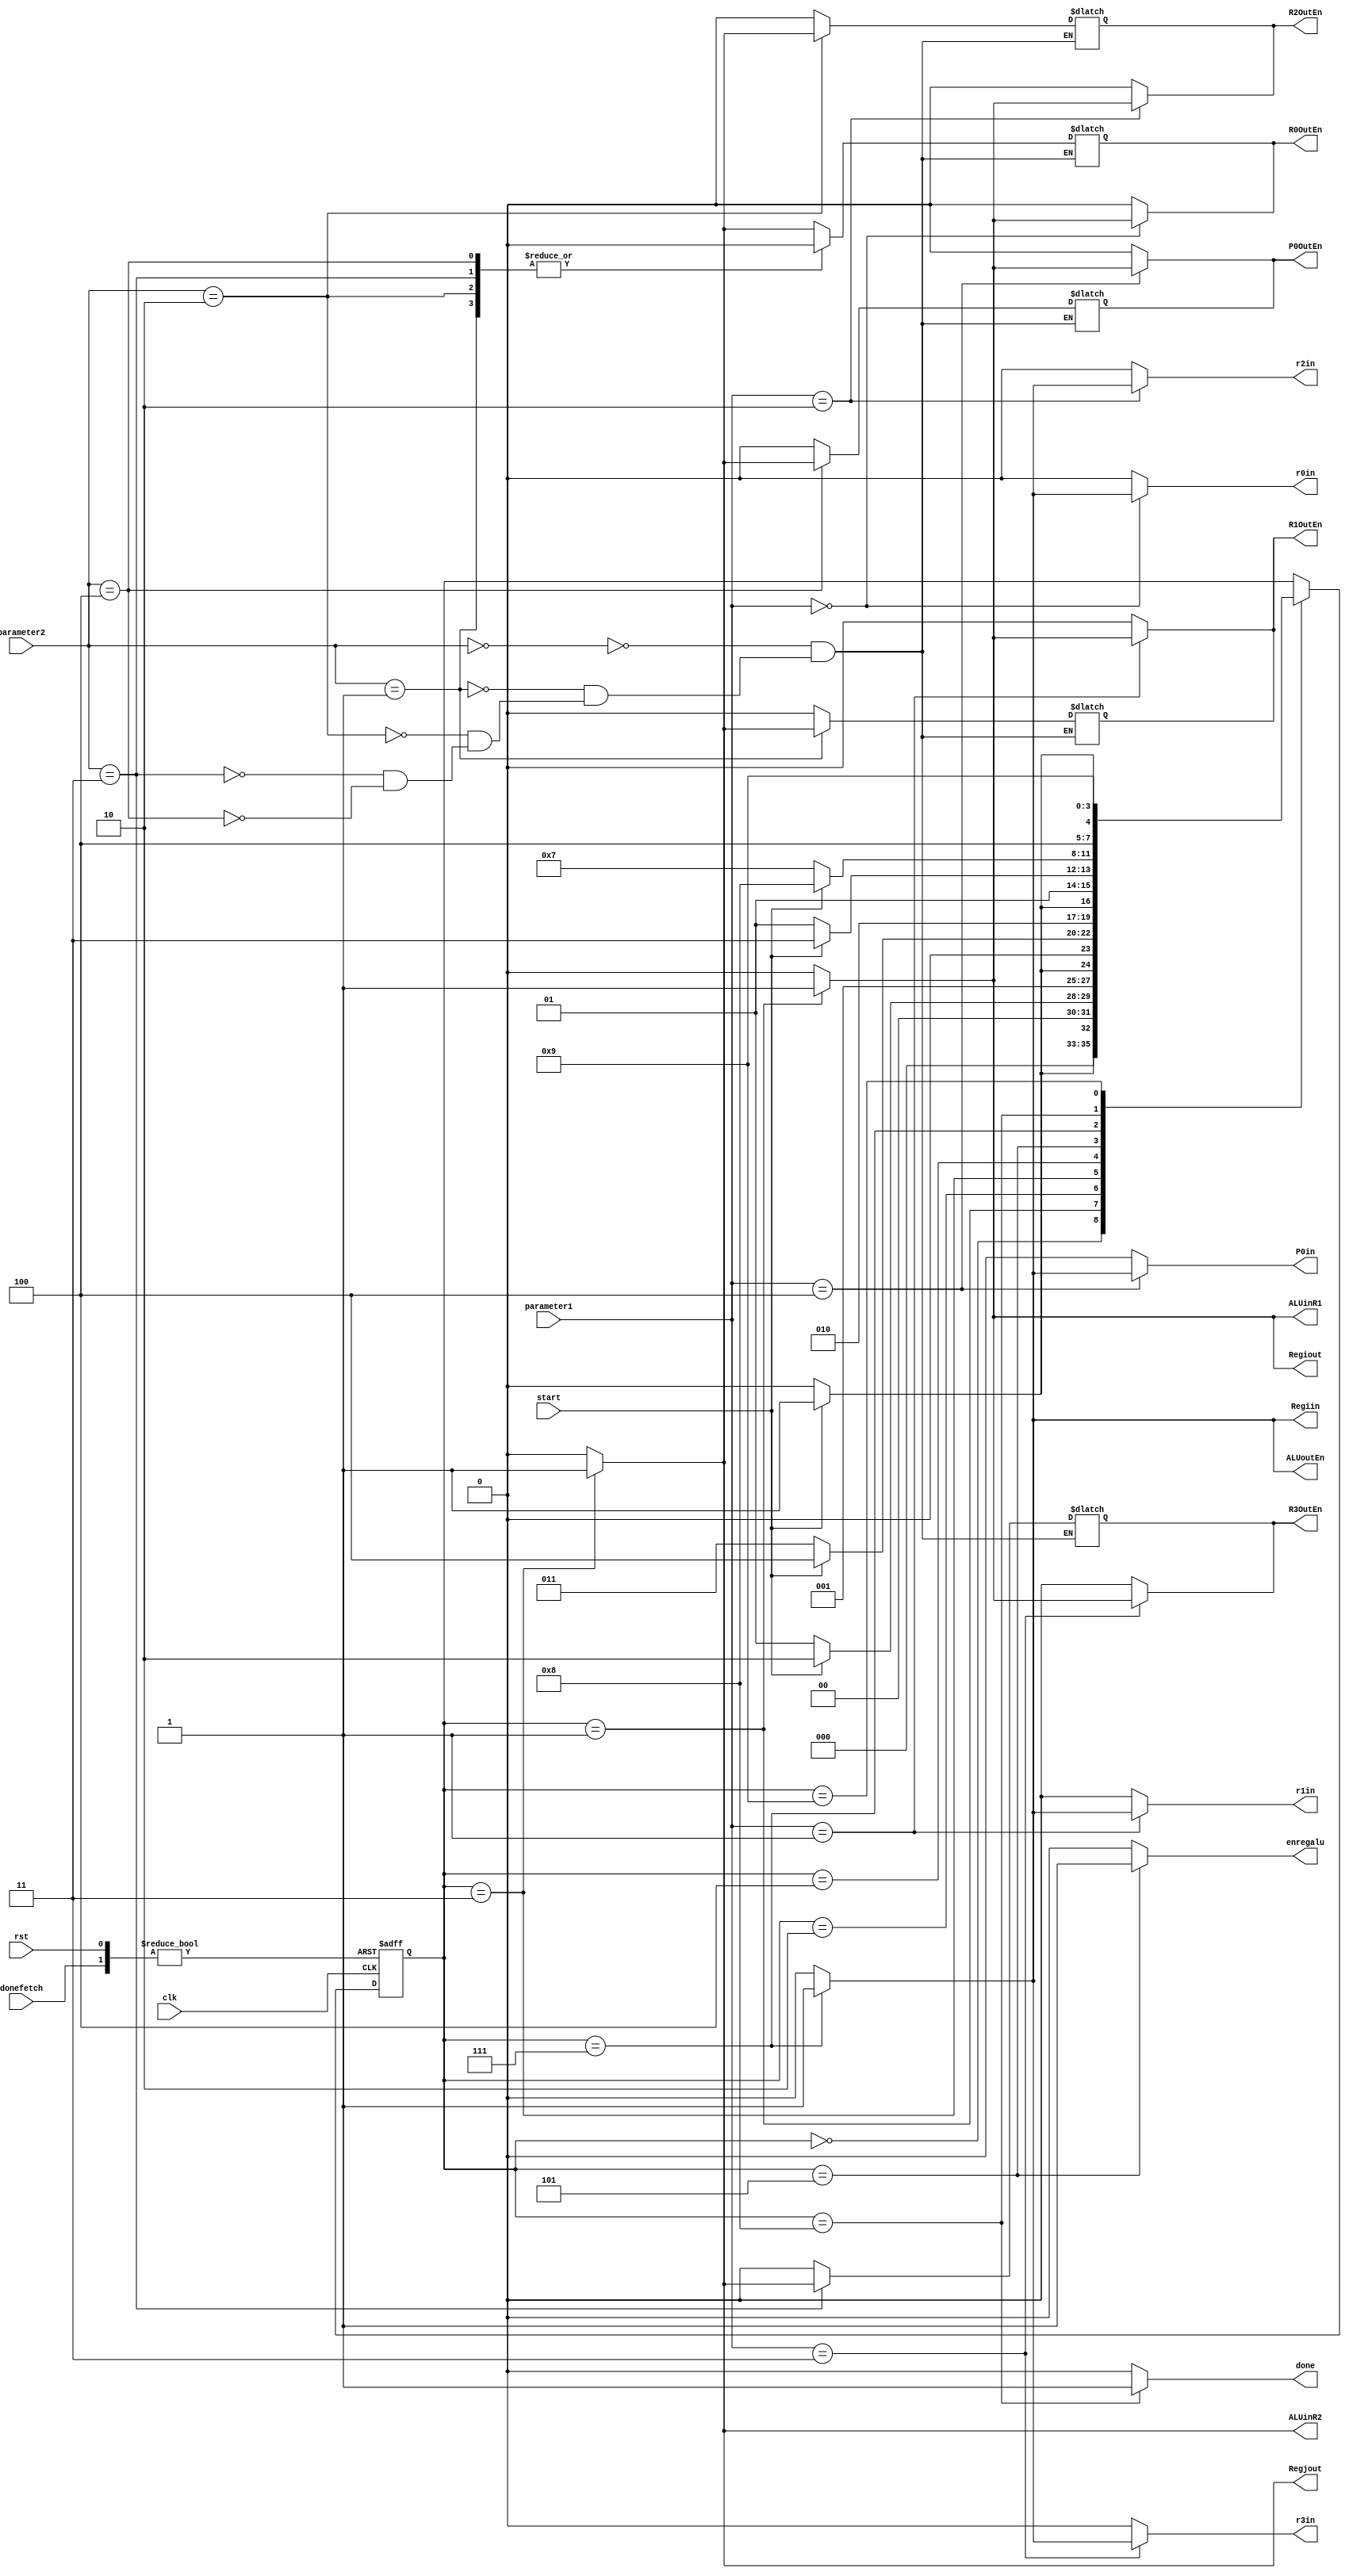

module ALUoperations(clk,rst,donefetch,start,parameter1,parameter2,r0in,r1in,r2in,r3in,P0in,R0OutEn,R1OutEn,R2OutEn,R3OutEn,P0OutEn,ALUinR1,ALUinR2,enregalu,ALUoutEn,Regiout,Regjout,Regiin,done);
input clk,rst,start,donefetch;
input [5:0] parameter1, parameter2;
output r0in,r1in,r2in,r3in,P0in,R0OutEn,R1OutEn,R2OutEn,R3OutEn,P0OutEn,ALUinR1,ALUinR2,enregalu,ALUoutEn,Regiout,Regjout,Regiin,done;
reg r0in,r1in,r2in,r3in,P0in,R0OutEn,R1OutEn,R2OutEn,R3OutEn,P0OutEn,ALUinR1,ALUinR2,enregalu,ALUoutEn,Regiout,Regjout,Regiin,done;
parameter st0=4'b0000, st1=4'b0001, st2=4'b0010, st3=4'b0011, st4=4'b0100, st5=4'b0101,st6=4'b0111, st7=4'b1000, st8=4'b1001;
reg[3:0] state_reg, state_next; 

always @(Regjout) 
  begin
    case(parameter2)
      6'b000000: begin
        R0OutEn<=Regjout;
        R1OutEn<=0;
        R2OutEn<=0;
        R3OutEn<=0;
        P0OutEn<=0;
      end
      6'b000001: begin
        R0OutEn<=0;
        R1OutEn<=Regjout;
        R2OutEn<=0;
        R3OutEn<=0; 
        P0OutEn<=0; 
      end
      6'b000010: begin
        R0OutEn<=0;
        R1OutEn<=0;
        R2OutEn<=Regjout;
        R3OutEn<=0;
        P0OutEn<=0;
      end
      6'b000011: begin
        R0OutEn<=0;
        R1OutEn<=0;
        R2OutEn<=0;
        R3OutEn<=Regjout; 
        P0OutEn<=0;
      end
       6'b000100: begin
        R0OutEn<=0;
        R1OutEn<=0;
        R2OutEn<=0;
        R3OutEn<=0; 
        P0OutEn<=Regjout;
      end
    endcase 
  end
always @(rst,Regiin,Regiout)  
begin
    case(parameter1)
      6'b000000: begin
        r0in<=Regiin;
        r1in<=0;
        r2in<=0;
        r3in<=0;
        P0in<=0;
        R0OutEn<=Regiout;
        R1OutEn<=0;
        R2OutEn<=0;
        R3OutEn<=0;
        P0OutEn<=0;
      end
      6'b000001: begin
        r0in<=0;
        r1in<=Regiin;
        r2in<=0;
        r3in<=0;
        P0in<=0;
        R0OutEn<=0;
        R1OutEn<=Regiout;
        R2OutEn<=0;
        R3OutEn<=0;
        P0OutEn<=0;
      end 
      6'b000010: begin
        r0in<=0;
        r1in<=0;
        r2in<=Regiin;
        r3in<=0;
        P0in<=0;
        R0OutEn<=0;
        R1OutEn<=0;
        R2OutEn<=Regiout;
        R3OutEn<=0;
        P0OutEn<=0;
      end
      6'b000011: begin
        r0in<=0;
        r1in<=0;
        r2in<=0;
        r3in<=Regiin;
        P0in<=0; 
        R0OutEn<=0;
        R1OutEn<=0;
        R2OutEn<=0;
        R3OutEn<=Regiout;
        P0OutEn<=0;
      end   
      6'b000100: begin
        r0in<=0;
        r1in<=0;
        r2in<=0;
        r3in<=0;
        P0in<=Regiin;
        R0OutEn<=0;
        R1OutEn<=0;
        R2OutEn<=0;
        R3OutEn<=0;
        P0OutEn<=Regiout;
      end  
      default:
        begin
        r0in<=0;
        r1in<=0;
        r2in<=0;
        r3in<=0;
        P0in<=0;
        R0OutEn<=0;
        R1OutEn<=0;
        R2OutEn<=0;
        R3OutEn<=0;
        P0OutEn<=0;
      end
   endcase 
 end

 
always @(posedge(clk), posedge(rst), posedge(donefetch) )
  begin 
    if (rst) 
    state_reg<=st0;
  else if (donefetch) 
    state_reg<=st0;
    else
      state_reg <= state_next;
  end

always @(start, state_reg)
  begin
  state_next<=state_reg;
  case(state_reg) 
     
    st0: begin
        if(start)
          state_next<=st1; 
      else
          state_next<=st0;
    end    
    
    st1: begin
      if(start) 
          state_next<=st2;
    else 
         state_next<=st1;

end

    st2: begin
      if(start) 
          state_next<=st3;
    else 
         state_next<=st2;
end

    st3: begin
      if(start) 
          state_next<=st4;
    else 
         state_next<=st3; 

end

    st4: begin
      if(start) 
          state_next<=st5;
    else 
         state_next<=st4; 

end
    st5: begin
      if(start) 
          state_next<=st6;
    else 
         state_next<=st5; 

end
st6: begin
      if(start) 
          state_next<=st7;
    else 
         state_next<=st6; 

end
st7: begin
      if(start) 
          state_next<=st8;
    else 
         state_next<=st7; 

end
st8: begin
      if(start) 
          state_next<=st8;
    else 
         state_next<=st8; 

end


endcase
end


always @(state_reg) begin
        enregalu<=0;
        ALUinR1<=0;
        ALUinR2<=0;
        Regiout<=0;
        Regjout<=0;
        ALUoutEn<=0;
        Regiin<=0;
        done<=0;
       
   
   case(state_reg)
     st0 : 
        begin
        enregalu<=0;
        ALUinR1<=0;
        ALUinR2<=0;
        Regiout<=0;
        Regjout<=0;
        ALUoutEn<=0;
        Regiin<=0;
        done<=0;
     end
     st1 : 
        begin
        enregalu<=0;  
        ALUinR1<=1;
        ALUinR2<=0;
        Regiout<=1;
        Regjout<=0;
        ALUoutEn<=0;
        Regiin<=0;
        done<=0;
     end
     st2 : 
        begin
        ALUinR1<=0;
        ALUinR2<=0;
        Regiout<=0;
        Regjout<=0;
        ALUoutEn<=0;
        Regiin<=0;
        done<=0; 
     end
     st3 : begin
        enregalu<=0;
        ALUinR1<=0;
        ALUinR2<=1;
        Regiout<=0;
        Regjout<=1;
        ALUoutEn<=0;
        Regiin<=0;
        done<=0;
     end
     st4 : begin
        enregalu<=0;
        ALUinR1<=0;
        ALUinR2<=0;
        Regiout<=0;
        Regjout<=0;
        ALUoutEn<=0;
        Regiin<=0;
        done<=0;
        
     end
     st5 :  begin
        enregalu<=1;
        ALUinR1<=0;
        ALUinR2<=0;
        Regiout<=0;
        Regjout<=0;
        ALUoutEn<=0;
        Regiin<=0;
        done<=0;
     end
     st6 :  begin
        enregalu<=0;
        ALUinR1<=0;
        ALUinR2<=0;
        Regiout<=0;
        Regjout<=0;
        ALUoutEn<=1;
        Regiin<=1;
        done<=0;
     end
     st7 : 
        begin
        ALUinR1<=0;
        ALUinR2<=0;
        Regiout<=0;
        Regjout<=0;
        ALUoutEn<=0;
        Regiin<=0;
        done<=1;
     end
     st8 : 
        begin
        enregalu<=0;
        ALUinR1<=0;
        ALUinR2<=0;
        Regiout<=0;
        Regjout<=0;
        ALUoutEn<=0;
        Regiin<=0;
        done<=0;
     end
endcase

end

endmodule